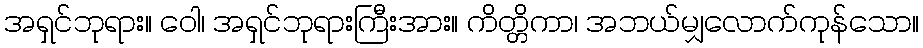
အရှင်ဘုရား။ ဝေါ၊ အရှင်ဘုရားကြီးအား။ ကိတ္တိကာ၊ အဘယ်မျှလောက်ကုန်သော။